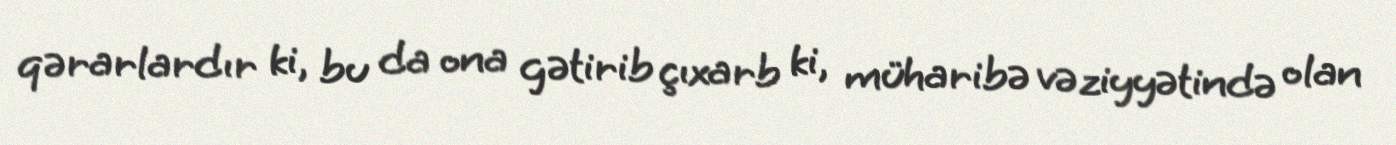
qərarlardır ki, bu da ona gətirib çıxarb ki, müharibə vəziyyətində olan